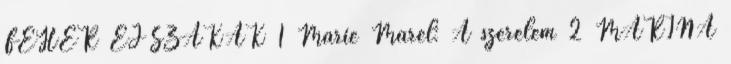
FEHÉR ÉJSZAKÁK 1 Marie Marel: A szerelem 2 MARINA